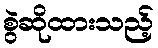
စွဲဆိုထားသည့်